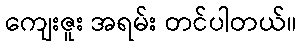
ကျေးဇူး အရမ်း တင်ပါတယ်။